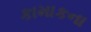
કામાકના